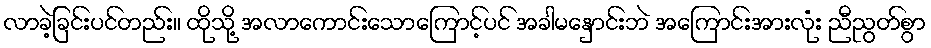
လာခဲ့ခြင်းပင်တည်း။ ထိုသို့ အလာကောင်းသောကြောင့်ပင် အခါမနှောင်းဘဲ အကြောင်းအားလုံး ညီညွတ်စွာ